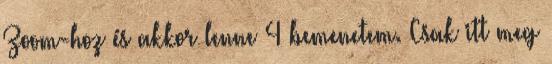
Zoom-hoz és akkor lenne 4 bemenetem. Csak itt meg